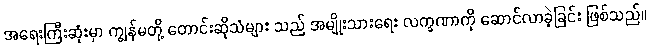
အရေးကြီးဆုံးမှာ ကျွန်မတို့ တောင်းဆိုသံများ သည် အမျိုးသားရေး လက္ခဏာကို ဆောင်လာခဲ့ခြင်း ဖြစ်သည်။